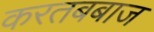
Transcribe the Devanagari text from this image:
करतबबाज